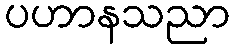
ပဟာနသညာ